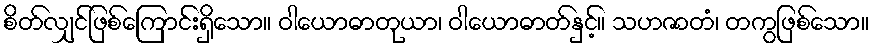
စိတ်လျှင်ဖြစ်ကြောင်းရှိသော။ ဝါယောဓာတုယာ၊ ဝါယောဓာတ်နှင့်။ သဟဇာတံ၊ တကွဖြစ်သော။